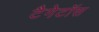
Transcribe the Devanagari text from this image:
टैगेटॉस